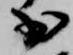
少